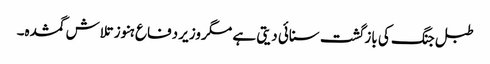
طبل جنگ کی بازگشت سنائی دیتی ہے مگر وزیر دفاع ہنوز تلاش گمشدہ۔